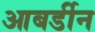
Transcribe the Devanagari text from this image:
आबर्डीन